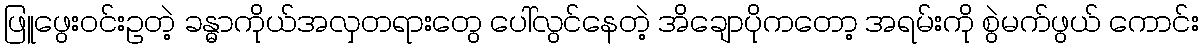
ဖြူဖွေးဝင်းဥတဲ့ ခန္ဓာကိုယ်အလှတရားတွေ ပေါ်လွင်နေတဲ့ အိချောပိုကတော့ အရမ်းကို စွဲမက်ဖွယ် ကောင်း